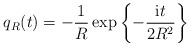
\begin{align*}q_{R}(t)=-\frac{1}{R}\exp \left\{ -\frac{{\rm i}t}{2R^2} \right\}\end{align*}